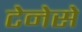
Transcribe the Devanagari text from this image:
टेनेसे